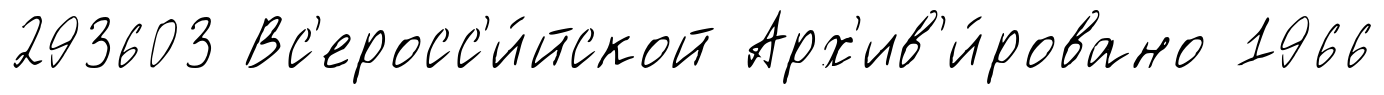
293603 Вс'еросс'и́йской Арх'ив'и́ровано 1966